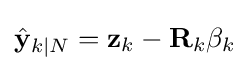
{\hat {\mathbf {y} }}_{k\mid N}=\mathbf {z} _{k}-\mathbf {R} _{k}\beta _{k}